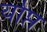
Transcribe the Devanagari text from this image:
र्याप्त